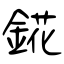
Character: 錵